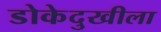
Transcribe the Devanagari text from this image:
डोकेदुखीला